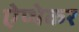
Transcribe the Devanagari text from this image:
ऐप्थेकर